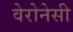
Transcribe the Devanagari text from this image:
वेरोनेसी